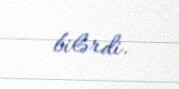
bilərdi.